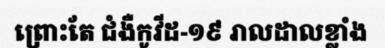
ព្រោះតែ ជំងឺកូវីដ-១៩ រាលដាលខ្លាំង